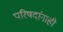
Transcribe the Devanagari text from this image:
परिषदांनाही